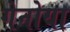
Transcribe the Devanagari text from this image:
गेनोया